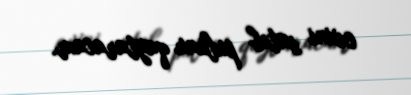
evini satıb pulunu qaytaracam.